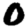
Digit: 0